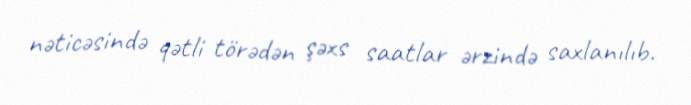
nəticəsində qətli törədən şəxs saatlar ərzində saxlanılıb.